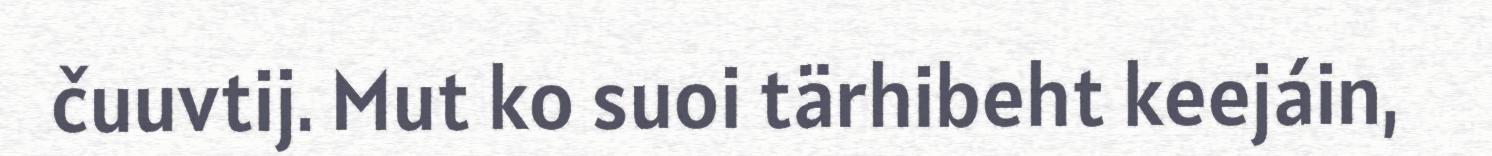
čuuvtij. Mut ko suoi tärhibeht keejáin,